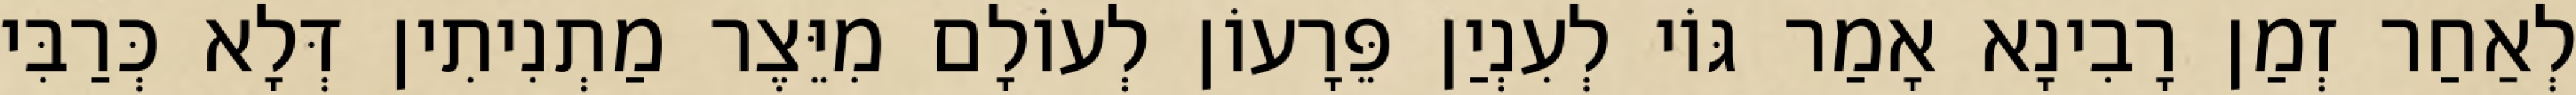
לְאַחַר זְמַן רָבִינָא אָמַר גּוֹי לְעִנְיַן פֵּרָעוֹן לְעוֹלָם מִיֵּצֶר מַתְנִיתִין דְּלָא כְּרַבִּי